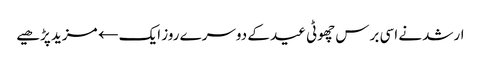
ارشد نے اسی برس چھوٹی عید کے دوسرے روز ایک← مزید پڑھیے